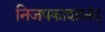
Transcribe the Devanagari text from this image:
निजपकाशानंद